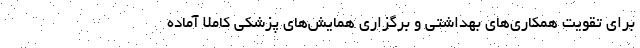
برای تقویت همکاری‌های بهداشتی و برگزاری همایش‌های پزشکی کاملا آماده